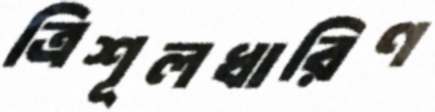
ত্রিশূলধারিণ